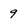
Character: 9